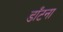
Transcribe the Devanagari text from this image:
डाँटना